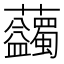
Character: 𧆇